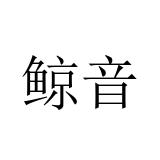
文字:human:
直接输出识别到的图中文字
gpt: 鲸音